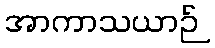
အာကာသယာဉ်